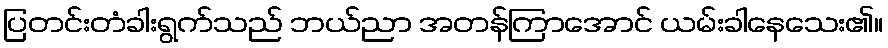
ပြတင်းတံခါးရွက်သည် ဘယ်ညာ အတန်ကြာအောင် ယမ်းခါနေသေး၏။